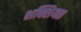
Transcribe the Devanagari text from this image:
शक्शियत